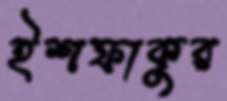
ইশফাকুর